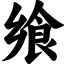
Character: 飨